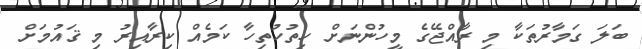
ބަލަ ގަމާރުތަކާ މި ރާއްޖޭގެ މީހުންނަށް ހިތުހުތިހާ ކަމެއް ކިރާއިރު މި ޤައުމަށް